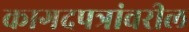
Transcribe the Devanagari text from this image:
कागदपत्रांवरील